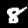
Label: 8